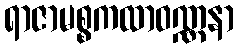
ရာဇာမစ္စကထာဝဏ္ဏနာ